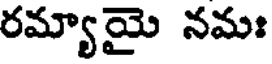
రమ్యాయై నమః